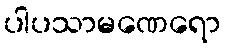
ပါပသာမဏေရော